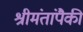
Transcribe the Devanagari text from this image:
श्रीमंतांपैकी